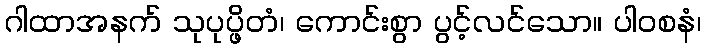
ဂါထာအနက် သုပုပ္ဖိတံ၊ ကောင်းစွာ ပွင့်လင်သော။ ပါဝစနံ၊